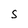
Character: S